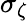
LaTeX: \sigma_{\zeta}